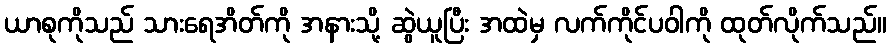
ယာစုကိုသည် သားရေအိတ်ကို အနားသို့ ဆွဲယူပြီး အထဲမှ လက်ကိုင်ပဝါကို ထုတ်လိုက်သည်။